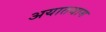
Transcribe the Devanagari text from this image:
अयातयाम